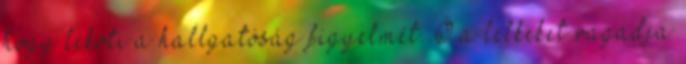
hogy leköti a hallgatóság figyelmét. Ő a lelkeket ragadja